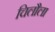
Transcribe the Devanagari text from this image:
चिलौला